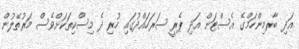
އަދި ބާރމިންހަމްގެ އެސްޓަން އަދި ޕެރީ ސަރަހައްދުގައި ހުރި ދެ މިސްކިތަކަށްވެސް މަރުތޭލުން